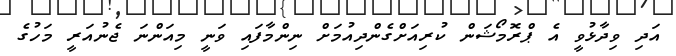
އަދި ވިދާޅުވީ އެ ޕްރޮމޯޝަން ކުރިއަށްގެންދިއުމަށް ނިންމާފައި ވަނީ މިއަންނަ ޖެނުއަރީ މަހުގެ